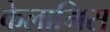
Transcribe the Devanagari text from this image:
केलामिस